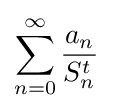
\sum _{n=0}^{\infty }{\frac {a_{n}}{S_{n}^{t}}}